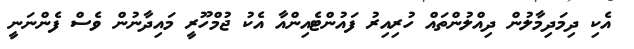
އެކި ދިމަދިމާލުން ދިއްލުންތައް ހުރިއިރު ފައުންޓެއިންއާ އެކު ޖުމްހޫރީ މައިދާނުން ވެސް ފެންނަނީ